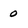
Character: 0